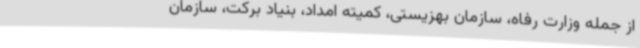
از جمله وزارت رفاه، سازمان بهزیستی، کمیته امداد، بنیاد برکت، سازمان